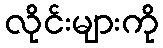
လိုင်းများကို